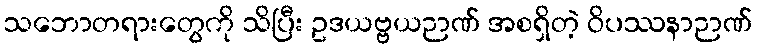
သဘောတရားတွေကို သိပြီး ဥဒယဗ္ဗယဉာဏ် အစရှိတဲ့ ဝိပဿနာဉာဏ်